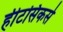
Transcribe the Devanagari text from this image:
हीटसिकर्स